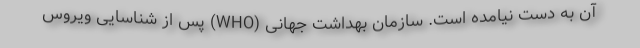
آن به دست نیامده است. سازمان بهداشت جهانی (WHO) پس از شناسایی ویروس